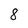
Character: 8